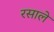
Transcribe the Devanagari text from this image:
रसाले